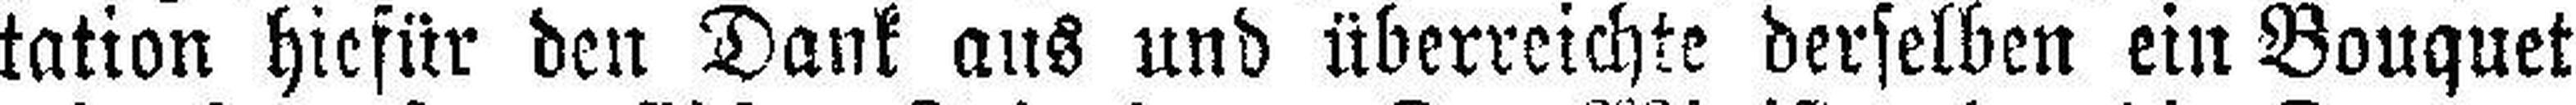
tation hiefür den Dank aus und überreichte derselben ein Bouquet